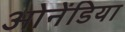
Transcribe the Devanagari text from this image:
ओनेंडिया